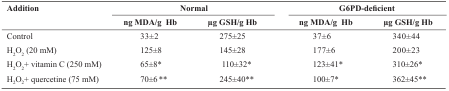
<table><thead><tr><td rowspan="2"><b>Addition </b></td><td colspan="2"><b>Normal </b></td><td colspan="2"><b>G6PD-deficient </b></td></tr><tr><td><b>ng MDA/g Hb </b></td><td><b>μg GSH/g Hb </b></td><td><b>ng MDA/g Hb </b></td><td><b>μg GSH/g Hb </b></td></tr></thead><tbody><tr><td>Control </td><td>33±2 </td><td>275±25 </td><td>37±6 </td><td>340±44 </td></tr><tr><td>H<sub>2</sub>O<sub>2</sub> (20 mM) </td><td>125±8 </td><td>145±28 </td><td>177±6 </td><td>200±23 </td></tr><tr><td>H<sub>2</sub>O<sub>2</sub>+ vitamin C (250 mM) </td><td>65±8* </td><td>110±32* </td><td>123±41* </td><td>310±26* </td></tr><tr><td>H<sub>2</sub>O<sub>2</sub>+ quercetine (75 mM) </td><td>70±6 ** </td><td>245±40** </td><td>100±7* </td><td>362±45** </td></tr></tbody></table>